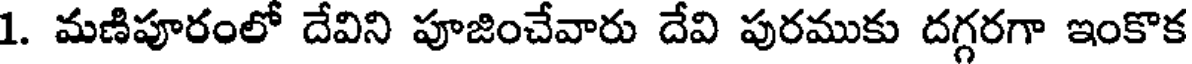
1. మణిపూరంలో దేవిని పూజించేవారు దేవి పురముకు దగ్గరగా ఇంకొక